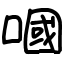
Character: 嘓